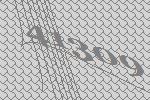
41309